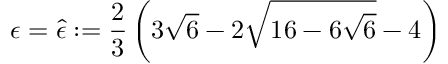
\epsilon = \hat { \epsilon } : = \frac { 2 } { 3 } \left( 3 \sqrt { 6 } - 2 \sqrt { 1 6 - 6 \sqrt { 6 } } - 4 \right)